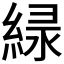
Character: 𫃱